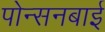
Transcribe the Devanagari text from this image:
पोन्सनबाई